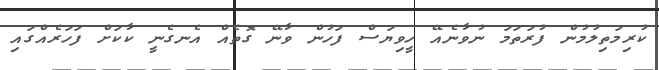
ކުރިމަތިލުމުން ފުރަތަމަ ނުވާނެއޭ ހީވިޔަސް ފަހުން ވާނޭ ގޮތެއް އެނގެނީ ކާކަށް ފަހަރެއްގައި